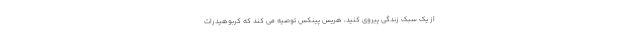
از یک سبک زندگی پیروی کنید، هریس پینکس توصیه می کند که کربوهیدرات